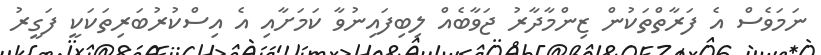
ނަމަވެސް އެ ފަރާތްތަކުން ޒިންމާދާރު ޖަވާބެއް ލިބިފައިނުވާ ކަމަށާއި އެ އިސްކުރުބަރިތަކަކީ ފަގީރު